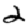
Digit: 2